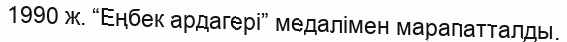
1990 ж. “Еңбек ардагері” медалімен марапатталды.